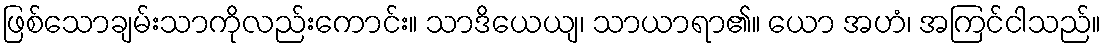
ဖြစ်သောချမ်းသာကိုလည်းကောင်း။ သာဒိယေယျ၊ သာယာရာ၏။ ယော အဟံ၊ အကြင်ငါသည်။